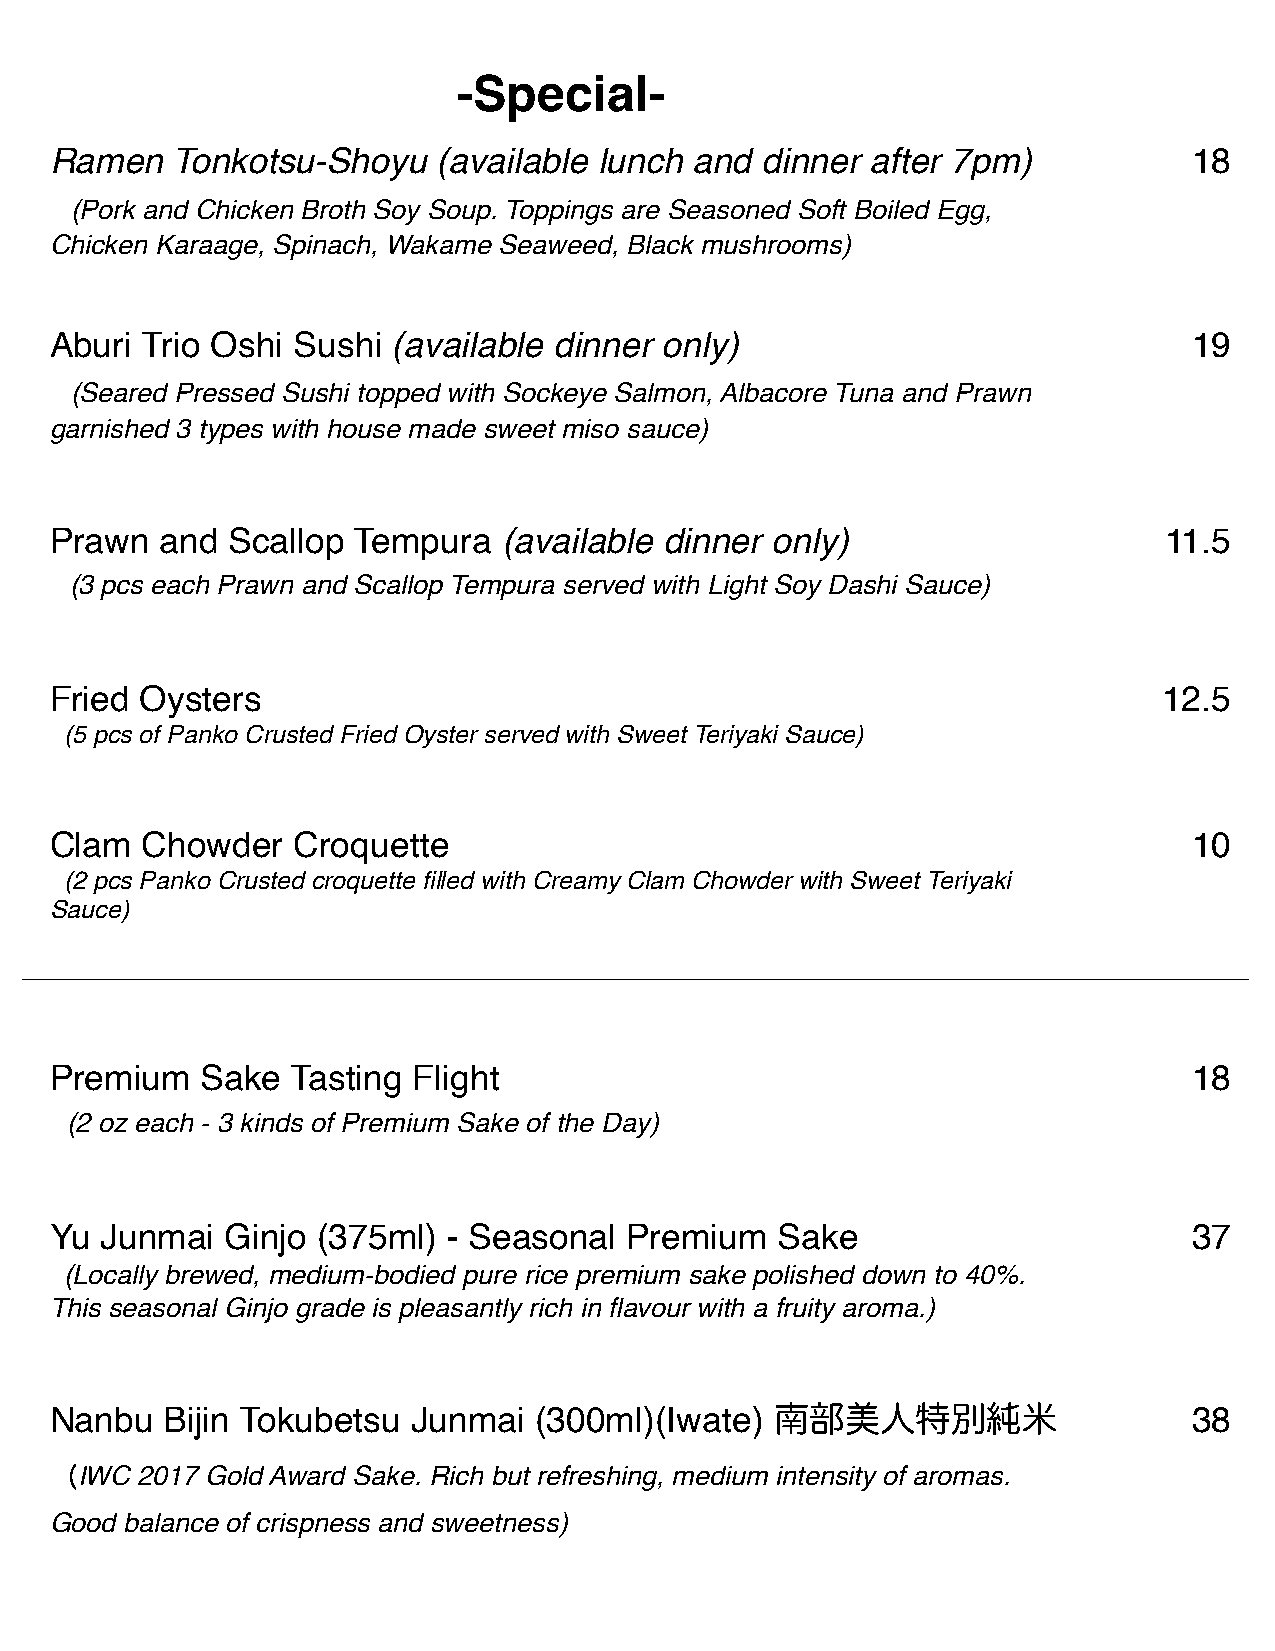
-Special-
 Ramen   Tonkotsu-Shoyu    (available lunch and dinner  after 7pm)           18
 (Pork and Chicken Broth Soy Soup. Toppings are Seasoned Soft Boiled Egg,
 Chicken Karaage, Spinach, Wakame Seaweed, Black mushrooms)
 Aburi Trio Oshi Sushi  (available dinner only)                              19
 (Seared Pressed Sushi topped with Sockeye Salmon, Albacore Tuna and Prawn
 garnished 3 types with house made sweet miso sauce)
 Prawn   and Scallop Tempura   (available dinner only)                     11.5
 (3 pcs each Prawn and Scallop Tempura served with Light Soy Dashi Sauce)
 Fried Oysters                                                             12.5
 (5 pcs of Panko Crusted Fried Oyster served with Sweet Teriyaki Sauce)
 Clam  Chowder   Croquette                                                   10
 (2 pcs Panko Crusted croquette filled with Creamy Clam Chowder with Sweet Teriyaki
 Sauce)
 Premium   Sake  Tasting Flight                                              18
 (2 oz each - 3 kinds of Premium Sake of the Day)
 Yu  Junmai  Ginjo (375ml)  - Seasonal Premium    Sake                       37
 (Locally brewed, medium-bodied pure rice premium sake polished down to 40%.
 This seasonal Ginjo grade is pleasantly rich in flavour with a fruity aroma.)
 Nanbu   Bijin Tokubetsu Junmai  (300ml)(Iwate)  南部美人特別純米                    38
 (IWC 2017 Gold Award Sake. Rich but refreshing, medium intensity of aromas.
 Good balance of crispness and sweetness)